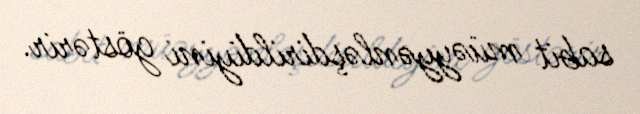
sabit müəyyənləşdirildiyini göstərir.